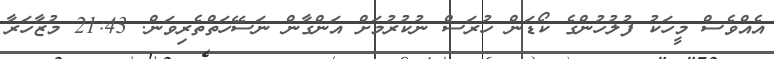
އެއްވެސް މީހަކު ފުލުހުންގެ ކޯޑަން ހުރަސް ނުކުރުމަށް އަންގާން ނަސޭހަތްތެރިވަން. 21:43 މުޒާހަރާ